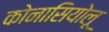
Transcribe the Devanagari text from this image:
कोनासियोलू